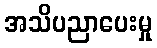
အသိပညာပေးမှု